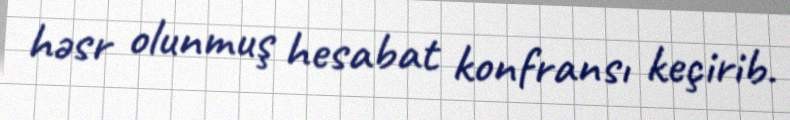
həsr olunmuş hesabat konfransı keçirib.